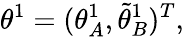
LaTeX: {\theta}^{1}=({\theta}_{A}^{1},\tilde{\theta}_{B}^{1})^{T},